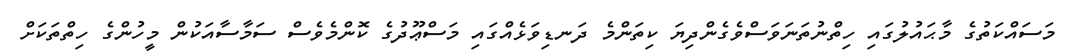
މަސައްކަތުގެ މާޙައުލުގައި ހިތްނުތަނަވަސްވެގެންދިޔަ ކިތަންމެ ދަނޑިވަޅެއްގައި މަސްޢޫދުގެ ކޮންމެވެސް ސަމާސާއަކުން މީހުންގެ ހިތްތަކަށް